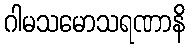
ဂါမသမောသရဏာနိ